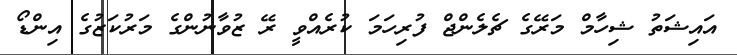
އައިޝަތު ޝިހާމް މަރޭގެ ޗެލެންޖް ފުރިހަމަ ކުރެއްވީ ރޭ ޒުވާނުންގެ މަރުކަޒުގެ އިންޑޯ